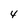
Character: 4